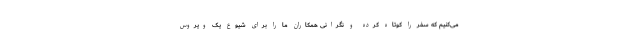
می‌کنیم که سفر را کوتاه کرده و نگرانی همکاران ما را برای شیوع یک ویروس